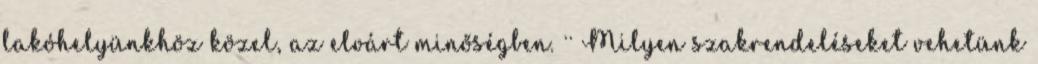
lakóhelyünkhöz közel, az elvárt minőségben. ·· Milyen szakrendeléseket vehetünk